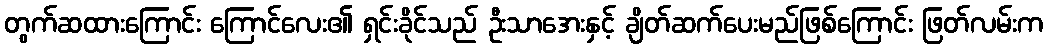
တွက်ဆထားကြောင်း ကြောင်လေး၏ ရှင်းခိုင်သည် ဦးသာအေးနှင့် ချိတ်ဆက်ပေးမည်ဖြစ်ကြောင်း ဖြတ်လမ်းက